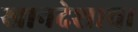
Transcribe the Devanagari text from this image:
खानदेशाचा